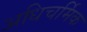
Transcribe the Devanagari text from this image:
अधिचर्मिक